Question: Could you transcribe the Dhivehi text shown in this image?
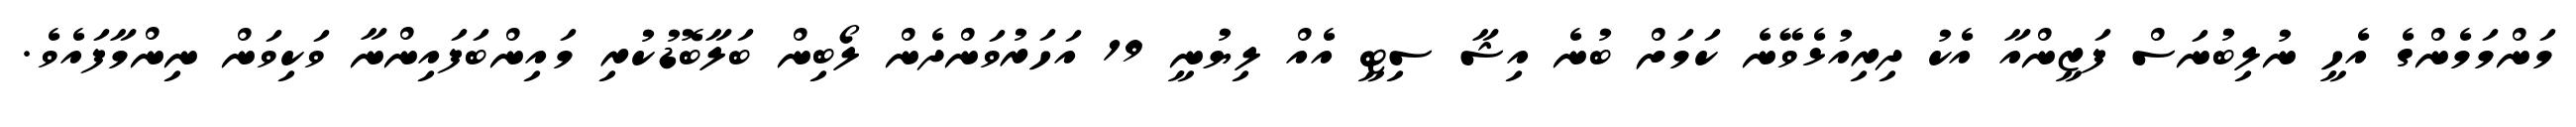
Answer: މަންމަމެންގެ އެހީ ނުލިބުނަސް ފަޒީންއާ އެކު ދިރިއުޅެވޭނެ ކަމަށް ބުނެ އިޝާ ސިޓީ އެއް ލިޔުނީ 19 އަހަރުވަންދެން ލޯބިން ބަލާބޮޑުކުރި މައިންބަފައިންނާ ވަކިވަން ނިންމާފައެވެ.